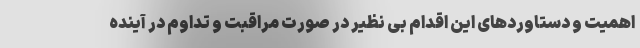
اهمیت و دستاوردهای این اقدام بی نظیر در صورت مراقبت و تداوم در آینده